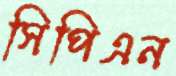
সিপিএন